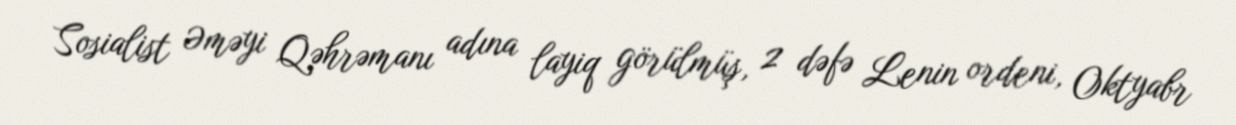
Sosialist Əməyi Qəhrəmanı adına layiq görülmüş, 2 dəfə Lenin ordeni, Oktyabr